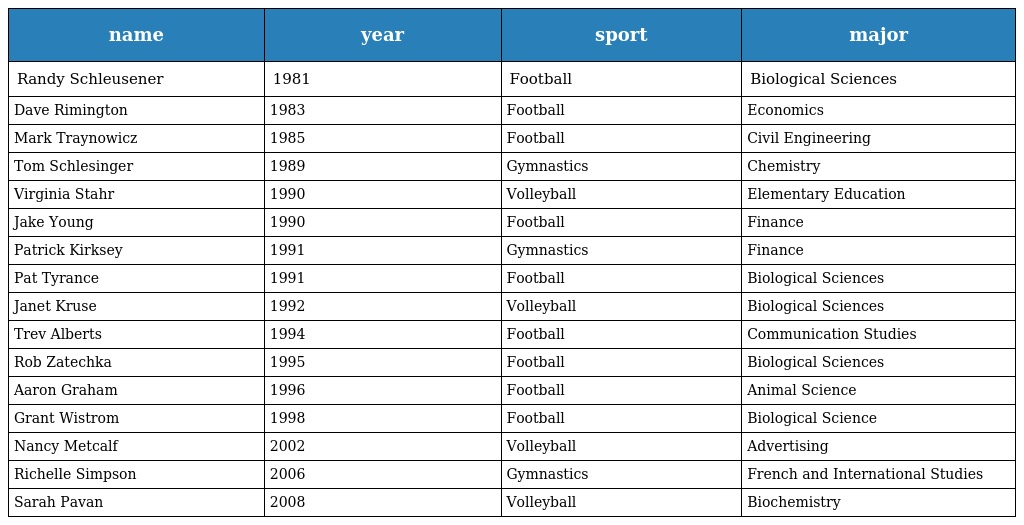
| name | year | sport | major |
 | --- | --- | --- | --- |
 | Randy Schleusener | 1981 | Football | Biological Sciences |
 | Dave Rimington | 1983 | Football | Economics |
 | Mark Traynowicz | 1985 | Football | Civil Engineering |
 | Tom Schlesinger | 1989 | Gymnastics | Chemistry |
 | Virginia Stahr | 1990 | Volleyball | Elementary Education |
 | Jake Young | 1990 | Football | Finance |
 | Patrick Kirksey | 1991 | Gymnastics | Finance |
 | Pat Tyrance | 1991 | Football | Biological Sciences |
 | Janet Kruse | 1992 | Volleyball | Biological Sciences |
 | Trev Alberts | 1994 | Football | Communication Studies |
 | Rob Zatechka | 1995 | Football | Biological Sciences |
 | Aaron Graham | 1996 | Football | Animal Science |
 | Grant Wistrom | 1998 | Football | Biological Science |
 | Nancy Metcalf | 2002 | Volleyball | Advertising |
 | Richelle Simpson | 2006 | Gymnastics | French and International Studies |
 | Sarah Pavan | 2008 | Volleyball | Biochemistry |